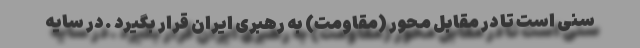
سنی است تا در مقابل محور (مقاومت) به رهبری ایران قرار بگیرد . در سایه